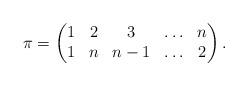
\begin{gather*}\pi = \begin{pmatrix} 1& 2& 3& \ldots& n \cr1& n& {n-1}& \ldots& 2 \end{pmatrix}.\end{gather*}